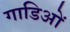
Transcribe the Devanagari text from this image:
गाडिओं